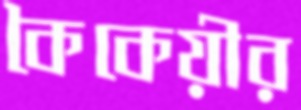
কৈকেয়ীর